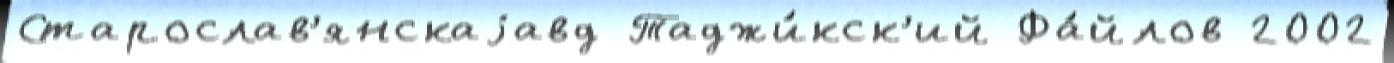
Старослав'янскаjавд Таджи́кск'ий Фа́йлов 2002